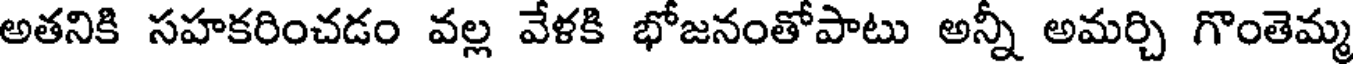
అతనికి సహకరించడం వల్ల వేళకి భోజనంతోపాటు అన్నీ అమర్చి గొంతెమ్మ